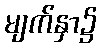
မျက်နှာ၌